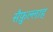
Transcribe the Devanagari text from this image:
सैफ़ुल्लाह